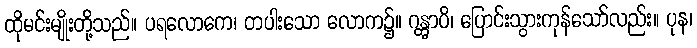
ထိုမင်းမျိုးတို့သည်။ ပရလောကေ၊ တပါးသော လောက၌။ ဂန္တွာပိ၊ ပြောင်းသွားကုန်သော်လည်း။ ပုန၊